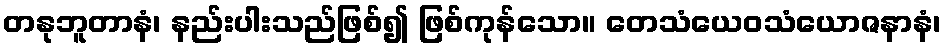
တနုဘူတာနံ၊ နည်းပါးသည်ဖြစ်၍ ဖြစ်ကုန်သော။ တေသံယေဝသံယောဇနာနံ၊